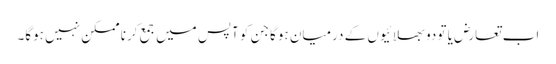
اب تعارض یا تو دو بھلائیوں کے درمیان ہوگا جن کو آپس میں جمع کرنا ممکن نہیں ہوگا۔